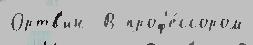
Ортв'ин  В проф'е́ссором